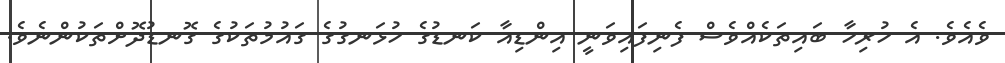
ވެއެވެ. އެ ހުރިހާ ބައިތަކެއްވެސް ފެނިފައިވަނީ އިންޑިއާ ކަނޑުގެ ހުޅަނގުގެ ގައުމުތަކުގެ ގޮނޑުދޮށްތަކުންނެވެ.